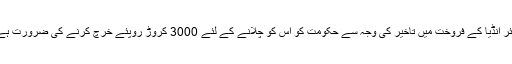
ایئر انڈیا کے فروخت میں تاخیر کی وجہ سے حکومت کو اس کو چلانے کے لئے 3000 کروڑ روپئے خرچ کرنے کی ضرورت ہے۔